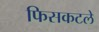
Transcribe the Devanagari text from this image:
फिसकटले